Report of the Municipal Commissioner on the plague in Bombay for the year ending 31st May... - Volume 1
Disease focus: Plague
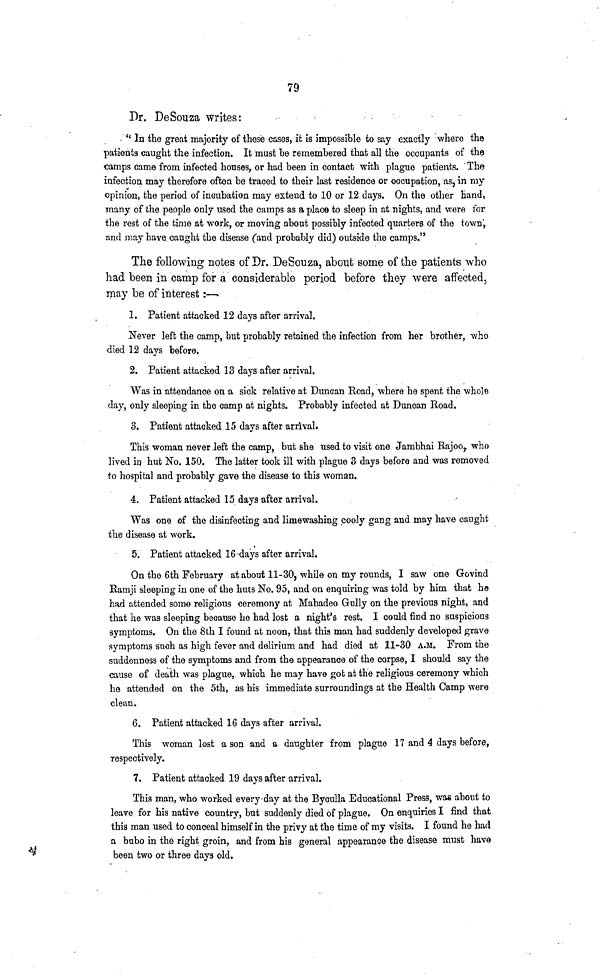
79
Dr. DeSouza writes:
" In the great majority of these cases, it is impossible to say exactly whero the
patients caught the infection. It must be remembered that all the occupants of the
camps came from infected houses, or had been in contact with plague patients. The
infection may therefore often be traced to their last residence or occupation, as, in my
opinion, the period of incubation may extend to 10 or 12 days. On the other hand,
many of the people only used the camps as a place to sleep in at nights, and were for
the rest of the time at work, or moving about possibly infected quarters of the towa,
find may have caught the disease (and probably did) outside the camps."
The following notes of Dr. DeSouza, about some of the patients who
had been in camp for a considerable period before they were affected,
may be of interest :—
1. Patient attacked 12 days after arrival.
Never left the camp, but probably retained the infection from her brother, who
died 12 days before.
2. Patient attacked 13 days after arrival.
Was in attendance on a sick relative at Duncan Road, where he spent the whole
day, only sleeping in the camp at nights. Probably infected at Duncan Road.
3. Patient attacked 15 days after arrival.
This woman never left the camp, but she used to visit one Jambhai Rajoo, who
lived in hut No. 150. The latter took ill with plague 3 days before and was removed
to hospital and probably gave the disease to this woman.
4. Patient attacked 15 days after arrival.
Was one of the disinfecting and limewashing cooly gang and may have caught
the disease at work.
5. Patient attacked 16 days after arrival.
On the 6th February at about 11-30, while on my rounds, I saw one Govind
Ramji sleeping in one of the huts No. 95, and on enquiring was told by him that he
had attended some religious ceremony at Mahadeo Gully on the previous night, and
that he was sleeping because he had lost a night's rest. I could find no suspicious
symptoms. On the 8th I found at noon, that this man had suddenly developed grave
symptoms such as high fever and delirium and had died at 11-30 A.M. From the
suddenness of the symptoms and from the appearance of the corpse, I should say the
cause of death was plague, which he may have got at the religious ceremony which
he attended on the 5th, as his immediate surroundings at the Health Camp were
elean.
6. Patient attacked 16 days after arrival.
This woman lost a son and a daughter from plague 17 and 4 days before,
respectively.
7. Patient attacked 19 days after arrival.
This man, who worked every day at the Byculla Educational Press, was about to
leave for his native country, but suddenly died of plague. On enquiries I find that
this man used to conceal himself in the privy at the time of my visits. I found he had
a bubo in the right groin, and from his general appearance the disease must have
been two or three days old.